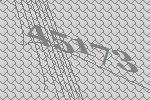
45173